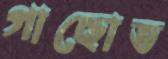
গাছোত